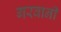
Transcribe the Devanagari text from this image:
गरवानी